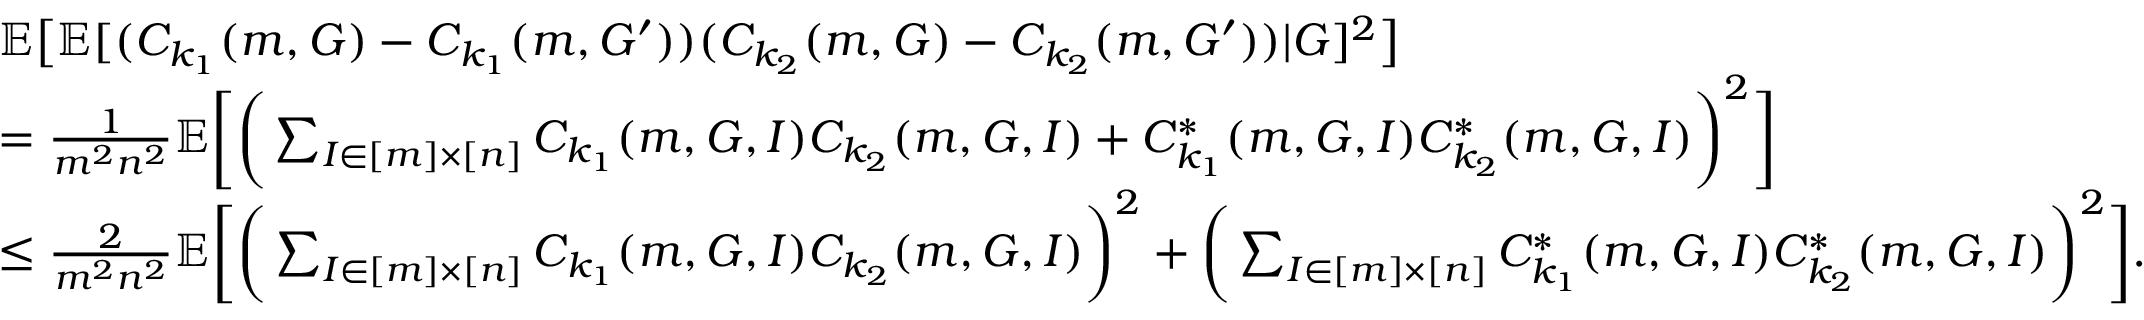
\begin{array} { r l } & { \mathbb { E } \big [ \mathbb { E } [ ( C _ { k _ { 1 } } ( m , G ) - C _ { k _ { 1 } } ( m , G ^ { \prime } ) ) ( C _ { k _ { 2 } } ( m , G ) - C _ { k _ { 2 } } ( m , G ^ { \prime } ) ) | G ] ^ { 2 } \big ] } \\ & { = \frac { 1 } { m ^ { 2 } n ^ { 2 } } \mathbb { E } \bigg [ \bigg ( \sum _ { I \in [ m ] \times [ n ] } C _ { k _ { 1 } } ( m , G , I ) C _ { k _ { 2 } } ( m , G , I ) + C _ { k _ { 1 } } ^ { \ast } ( m , G , I ) C _ { k _ { 2 } } ^ { \ast } ( m , G , I ) \bigg ) ^ { 2 } \bigg ] } \\ & { \le \frac { 2 } { m ^ { 2 } n ^ { 2 } } \mathbb { E } \bigg [ \bigg ( \sum _ { I \in [ m ] \times [ n ] } C _ { k _ { 1 } } ( m , G , I ) C _ { k _ { 2 } } ( m , G , I ) \bigg ) ^ { 2 } + \bigg ( \sum _ { I \in [ m ] \times [ n ] } C _ { k _ { 1 } } ^ { \ast } ( m , G , I ) C _ { k _ { 2 } } ^ { \ast } ( m , G , I ) \bigg ) ^ { 2 } \bigg ] . } \end{array}